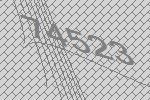
74523